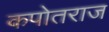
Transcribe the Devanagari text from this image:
कपोतराज